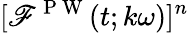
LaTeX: [\mathscr{F}^{\mathrm{{~P~W~}}}(t;k\omega)]^{n}